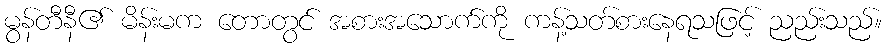
မွန်တီနီ၏ မိန်းမက တောတွင် အစားအသောက်ကို ကန့်သတ်စားနေရသဖြင့် ညည်းသည်။